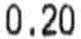
0.20